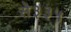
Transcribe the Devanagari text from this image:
से३३५